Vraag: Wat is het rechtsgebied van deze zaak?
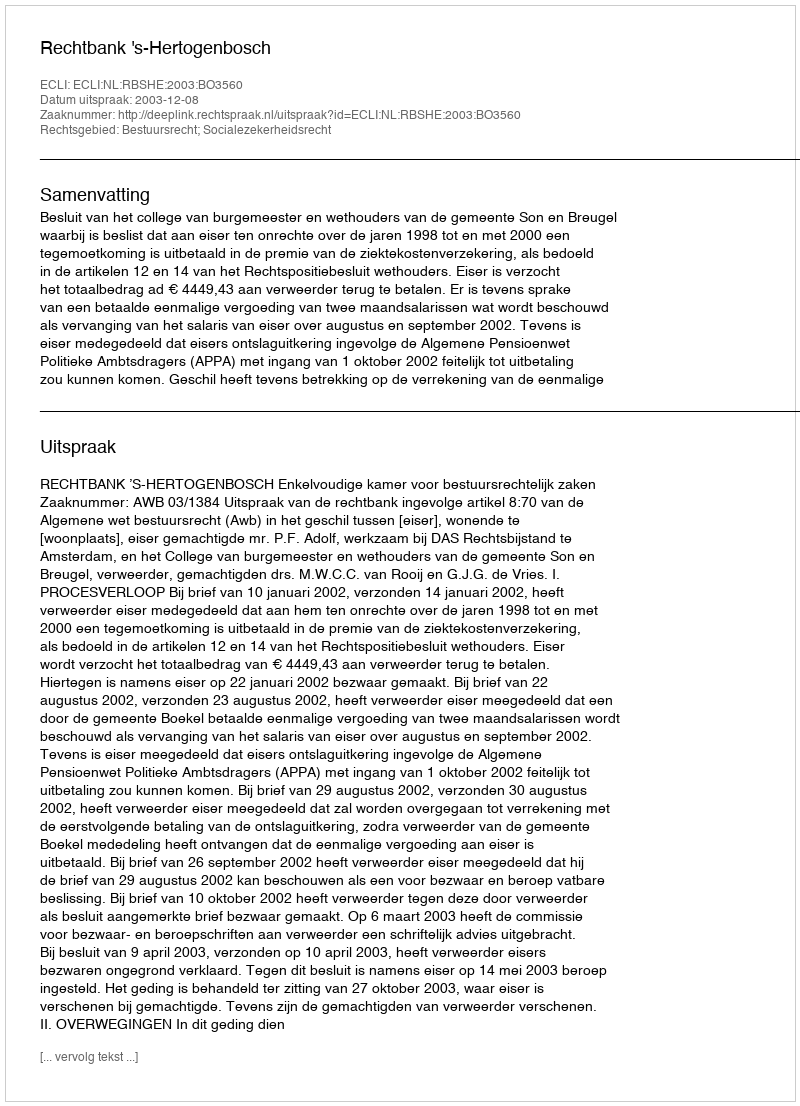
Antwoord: Bestuursrecht; Socialezekerheidsrecht